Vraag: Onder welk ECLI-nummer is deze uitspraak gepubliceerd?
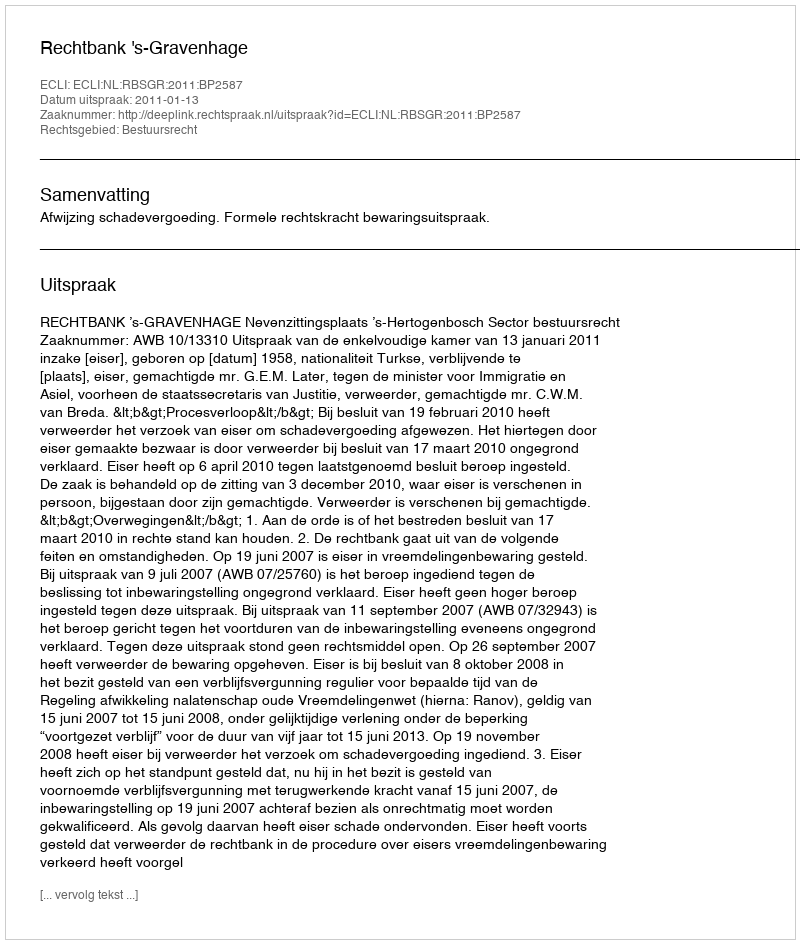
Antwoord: ECLI:NL:RBSGR:2011:BP2587